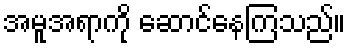
အမူအရာကို ဆောင်နေကြသည်။